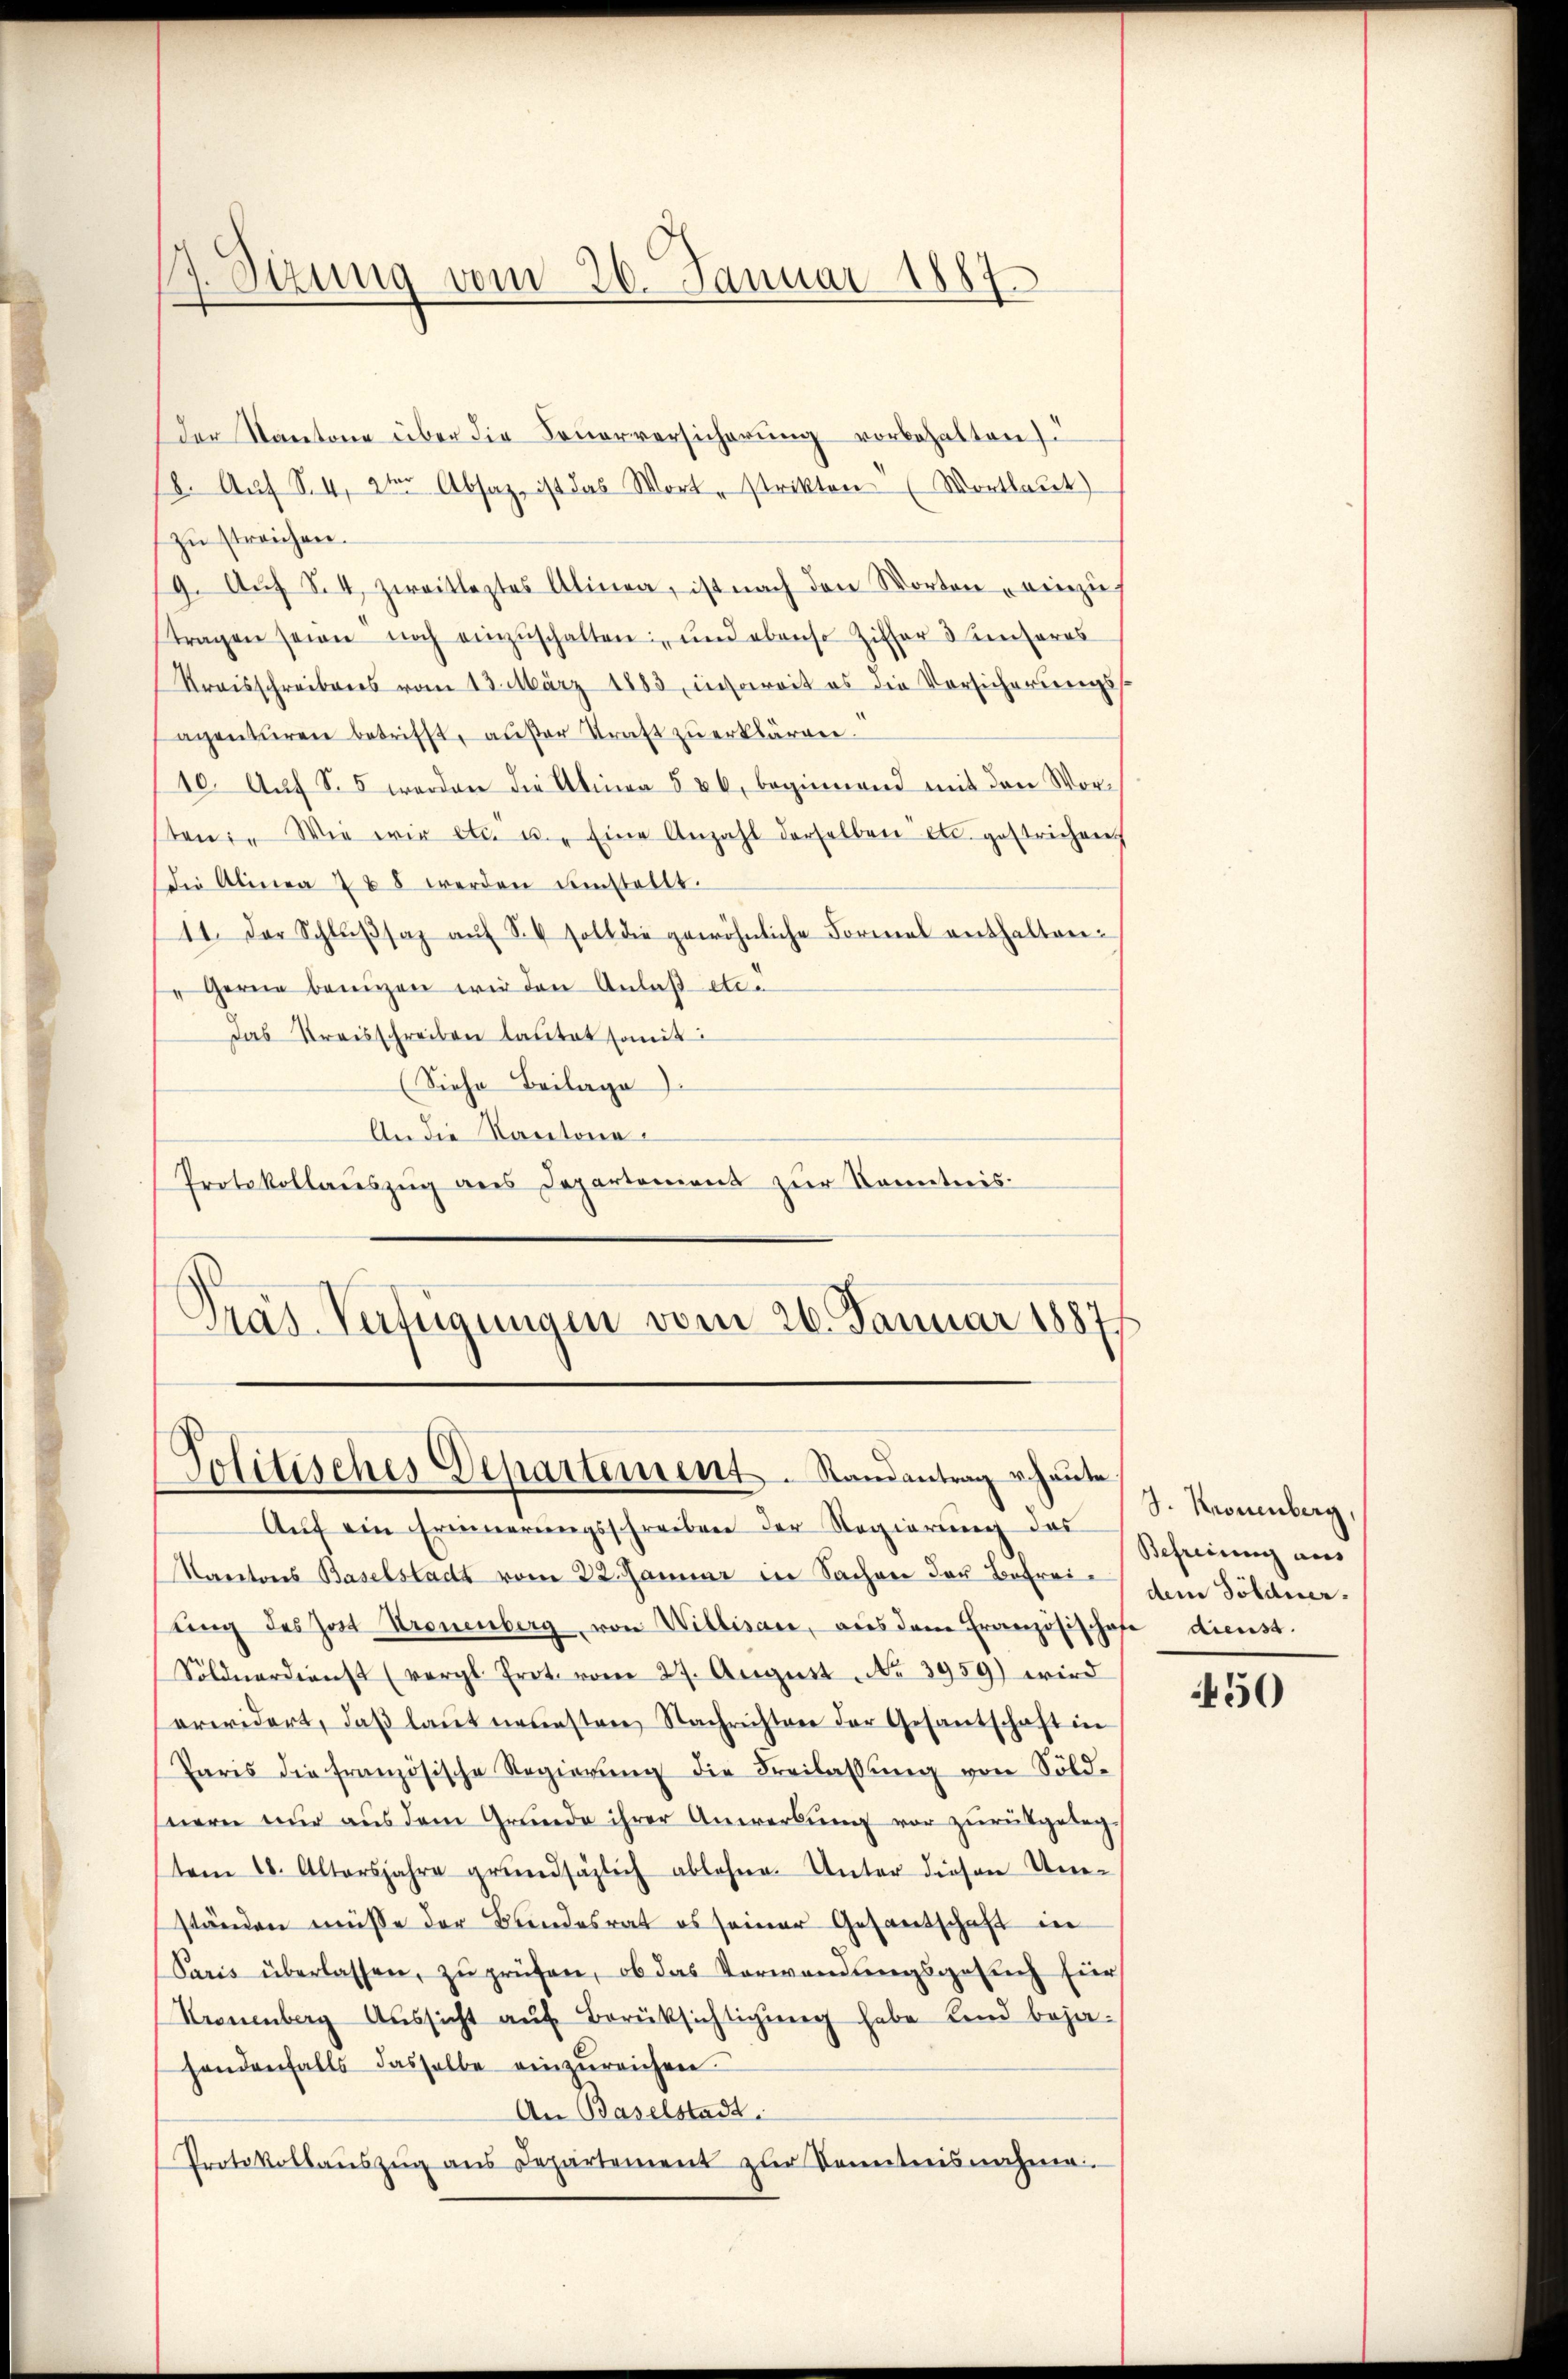
.
1. Sizung vom 26. Januar 1887.

Der Kantone über die Feuerversicherung vorbehalten
8. Auf S. 4, 2ter Absaz, ist das Wort, strikten Wortlaut)
zu streichen.
9. Aŭf S. 4, zweitlegtes Alinea, ist nach den Worten einzŭ-
tragen seine noch einzuschalten, und ebenso Ziffer 3 unseres
Kreisschreibens vom 13. März 1883, insoweit es die Vorsicherungsagenturen betrifft, außer Tratt zu erklären.
10. Aŭf S. 5 werden die Aliner § 26, beginnend mit den Worten: " Wie wir etc. u. Eine Anzahl derselben etc. gestrichen
Die Alinea 288 werden umstellt.
11. Der Schlŭβsaz aŭf S. soll die gewöhnliche Formel enthalten.
" Gerne benigen wir den Anlaß etc.
das Kreisschreiben lautet somit:
(Siehe Beilage
An die Kantona¬
Protokollauszug aus Departement zur Kenntnis-
Pras-Verfügungen vom 26. Januar 1887

s
Jolitisches Departement. Randantrag v. heute

Auf ein Erinnerungsschreiben der Regierung des
Kantons Baselstadt vom 22. Januar in Sachen der Befreiŭng des Jost Kronenberg, von Willisau, aus dem Französischofe dienst.
Söldnerdienst (vergl. Prot. vom 27. Aŭgŭst No 3959) wird
erwidert, daβ laŭt neuesten Nachrichten der Gesandschaft in
Paris die französische Regierŭng die Freilassŭng von Söld-
hnern nur aus dem Grunde ihrer Anwerbung vor zurückgelegtem 18. Altersjahre grŭndsätzlich ablehne. Unter diesen Un-
ständen müsse der Bundesrat es seiner Gesandschaft in
Paris überlassen, zŭ prüfen, ob das Verwendungsgesuch für
Kronenberg Aŭssicht aŭf Berüksichtigŭng habe Kind bejahandenfalls dasselbe einzŭreichen.
An Baselstadt.
Protokollaŭszŭg ans Departement zŭr Sonntnisnahme.

S. Kronenberg,
Befreiung aus
dem Söldner.

450